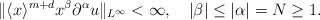
LaTeX: \begin{align*}\|\langle x\rangle^{m+d}x^\beta\partial^\alpha u\|_{L^\infty}<\infty,\quad|\beta|\leq |\alpha|=N\geq 1.\end{align*}